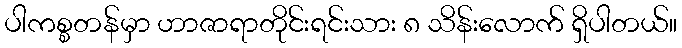
ပါကစ္စတန်မှာ ဟာဇာရာတိုင်းရင်းသား ၈ သိန်းလောက် ရှိပါတယ်။